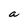
Character: a